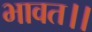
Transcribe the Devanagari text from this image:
भावत।।